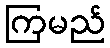
ကြမည်